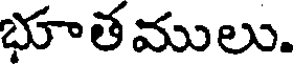
భూతములు.